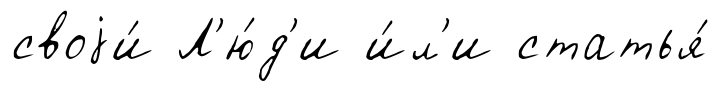
своjи́ Л'ю́д'и и́л'и статья́